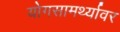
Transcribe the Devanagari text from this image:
योगसामर्थ्यावर